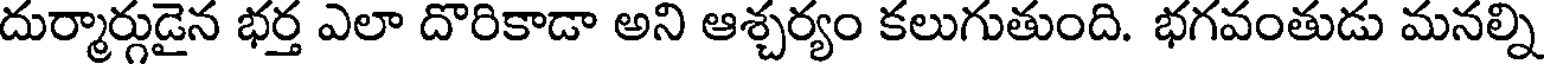
దుర్మార్గుడైన భర్త ఎలా దొరికాడా అని ఆశ్చర్యం కలుగుతుంది. భగవంతుడు మనల్ని